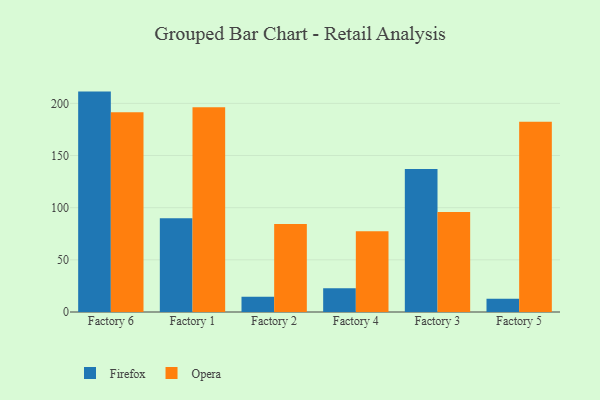
{"axis": {"x": "Factory", "y": "Tickets Resolved"}, "legend": ["Firefox", "Opera"], "data": [{"x": "Factory 6", "y": 211.3, "type": "Firefox"}, {"x": "Factory 6", "y": 191.6, "type": "Opera"}, {"x": "Factory 1", "y": 89.8, "type": "Firefox"}, {"x": "Factory 1", "y": 196.4, "type": "Opera"}, {"x": "Factory 2", "y": 14.7, "type": "Firefox"}, {"x": "Factory 2", "y": 84.3, "type": "Opera"}, {"x": "Factory 4", "y": 22.7, "type": "Firefox"}, {"x": "Factory 4", "y": 77.4, "type": "Opera"}, {"x": "Factory 3", "y": 137.1, "type": "Firefox"}, {"x": "Factory 3", "y": 95.9, "type": "Opera"}, {"x": "Factory 5", "y": 12.6, "type": "Firefox"}, {"x": "Factory 5", "y": 182.3, "type": "Opera"}]}